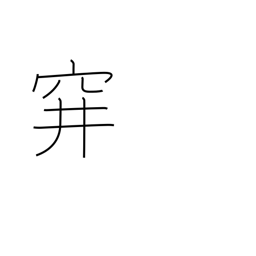
Meaning: sunken trap